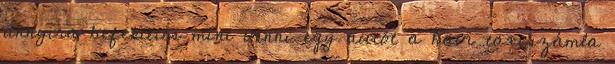
annyira befektetés mint venni egy autót a havi taxiszámla